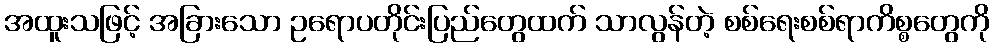
အထူးသဖြင့် အခြားသော ဥရောပတိုင်းပြည်တွေထက် သာလွန်တဲ့ စစ်ရေးစစ်ရာကိစ္စတွေကို